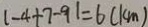
\vert - 4 + 7 - 9 \vert = 6 ( k m )